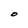
Character: O